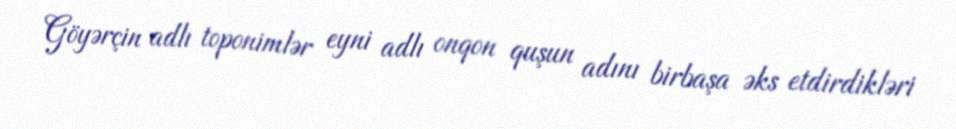
Göyərçin adlı toponimlər eyni adlı onqon quşun adını birbaşa əks etdirdikləri